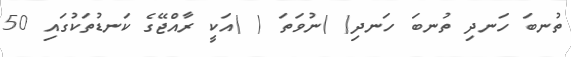
ތުނބަ ހަނދި ތުނބަ ހަނދި( )ނުވަތަ ( )އަކީ ރާއްޖޭގެ ކަނޑުތަކުގައި 50